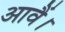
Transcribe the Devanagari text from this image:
आवैं।